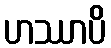
ဟဿာပိ